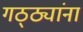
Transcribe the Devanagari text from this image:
गठ्ठ्यांना